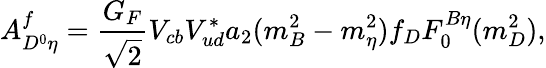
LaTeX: A_{D^{0}\eta}^{f}={\frac{G_{F}}{\sqrt 2}}V_{cb}V_{ud}^{*}a_{2}(m_{B}^{2}-m_{\eta}^{2})f_{D}F_{0}^{B\eta}(m_{D}^{2}),